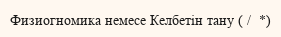
Физиогномика немесе Келбетін тану ( /  *)